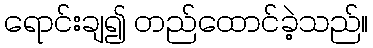
ရောင်းချ၍ တည်ထောင်ခဲ့သည်။